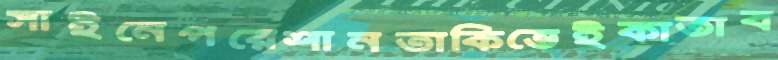
সাইনেপরেশানতাকিভেইকাতাব